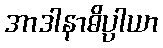
အာဒါနာဓိပ္ပါယာ